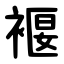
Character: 褗